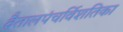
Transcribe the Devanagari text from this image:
वैतालपंचर्विशतिका